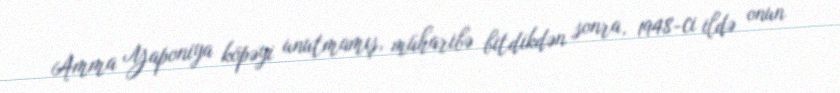
Amma Yaponiya köpəyi unutmamış, müharibə bitdikdən sonra, 1948-ci ildə onun